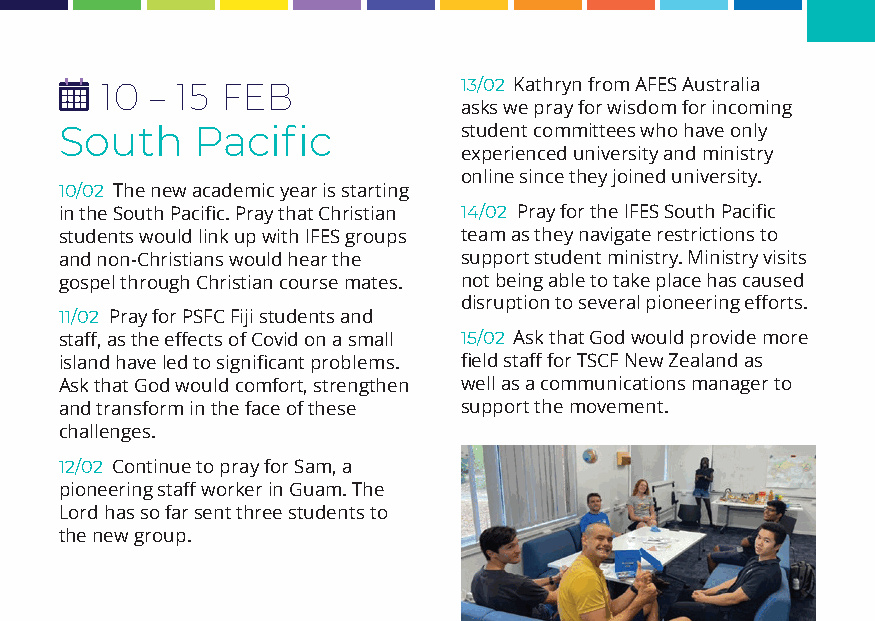
10 – 15 FEB            13/02 Kathryn from AFES Australia
 asks we pray for wisdom for incoming
 South    Pacific          student committees who have only
 experienced university and ministry
 online since they joined university.
 10/02 The new academic year is starting
 in the South Pacific. Pray that Christian 14/02 Pray for the IFES South Pacific
 students would link up with IFES groups team as they navigate restrictions to
 and non-Christians would hear the support student ministry. Ministry visits
 gospel through Christian course mates. not being able to take place has caused
 disruption to several pioneering efforts.
 11/02 Pray for PSFC Fiji students and
 staff, as the effects of Covid on a small 15/02 Ask that God would provide more
 island have led to significant problems. field staff for TSCF New Zealand as
 Ask that God would comfort, strengthen well as a communications manager to
 and transform in the face of these support the movement.
 challenges.
 12/02 Continue to pray for Sam, a
 pioneering staff worker in Guam. The
 Lord has so far sent three students to
 the new group.